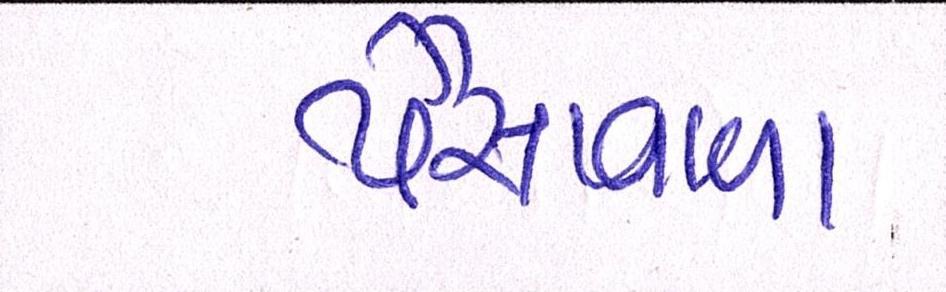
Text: પૈસાવાળા